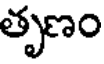
తృణం